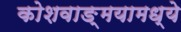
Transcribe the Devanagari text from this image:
कोशवाङ्मयामध्ये